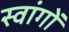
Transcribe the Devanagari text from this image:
स्वांगों